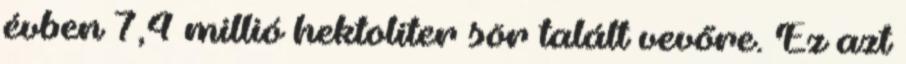
évben 7,4 millió hektoliter sör talált vevőre. Ez azt